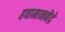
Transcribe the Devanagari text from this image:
हवामानकेंद्रे